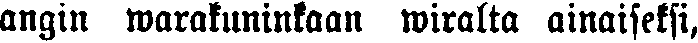
angin warakuninkaan wiralta ainaiseksi,